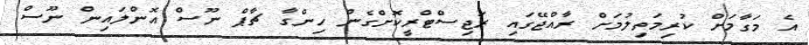
އެ މަގާމަށް ކުރިމަތިލުމަށް ރާއްޖޭގައި ރަޖިސްޓްރީކޮށްގެން ހިންގާ ޗާޕް ނޫސް އޮންލައިން ނޫސް